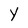
Character: Y